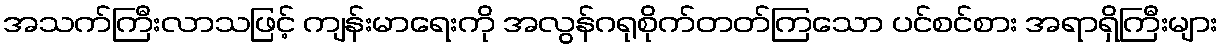
အသက်ကြီးလာသဖြင့် ကျန်းမာရေးကို အလွန်ဂရုစိုက်တတ်ကြသော ပင်စင်စား အရာရှိကြီးများ